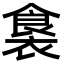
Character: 𮖛